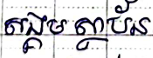
សង្គមស្ថាប័ន